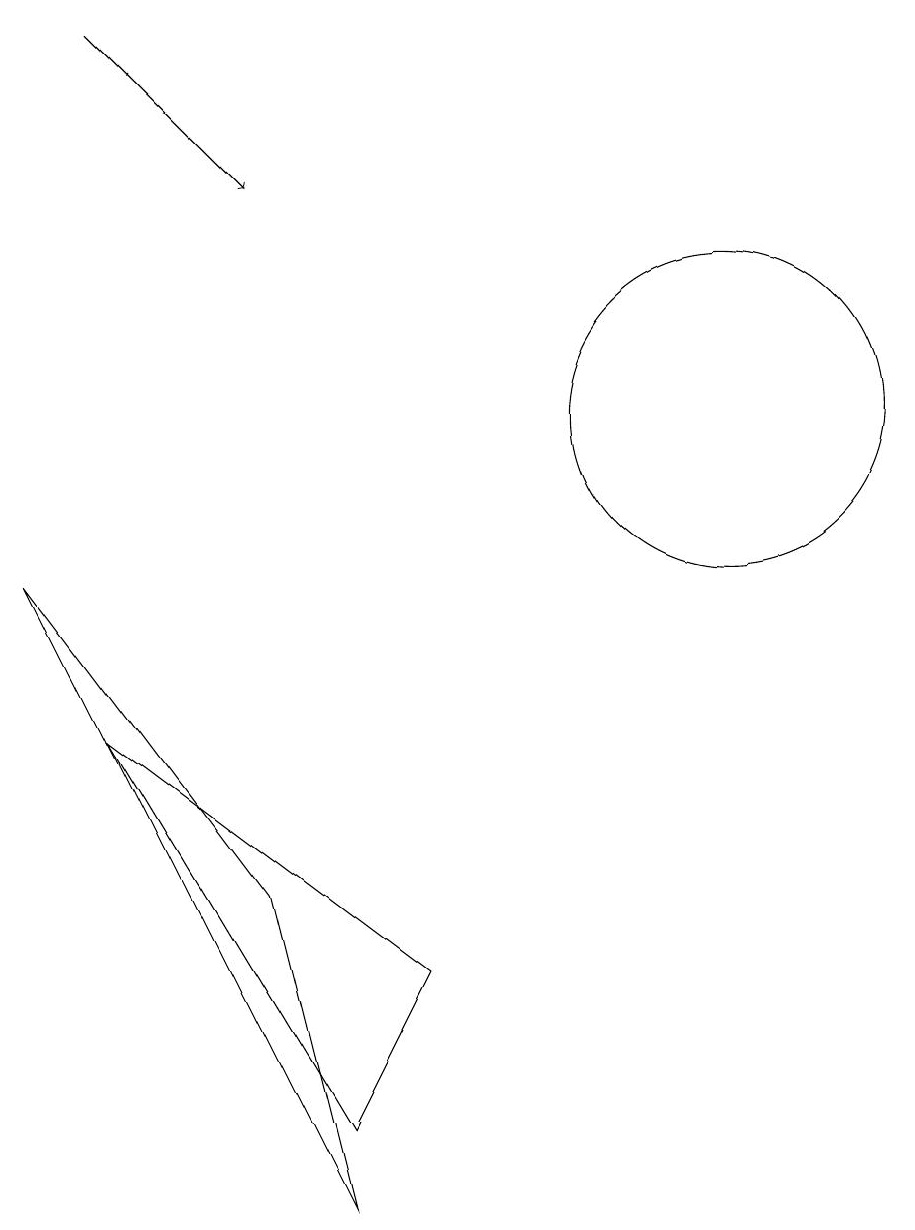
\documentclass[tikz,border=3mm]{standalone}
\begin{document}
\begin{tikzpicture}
\draw (11,11) circle (2);
\draw (7,4) -- (3,7) -- (6,2) -- cycle;
\draw (5,5) -- (2,9) -- (6,1) -- cycle;
\draw[->] (3,16) -- (5,14);
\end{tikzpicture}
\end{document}